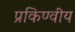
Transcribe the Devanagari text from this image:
प्रकिण्वीय